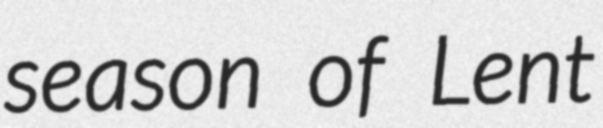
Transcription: season of Lent